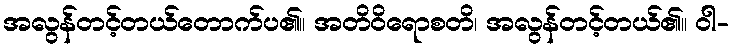
အလွန်တင့်တယ်တောက်ပ၏။ အတိဝိရောစတိ၊ အလွန်တင့်တယ်၏။ ဝါ-